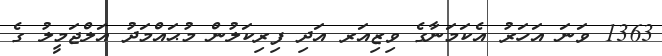
1363 ވަނަ އަހަރު އެކަމަނާގެ ވިޒިއަރ އަދި ފިރިކަލުން މުޙައްމަދު އަލްޖަމީލު ގެ